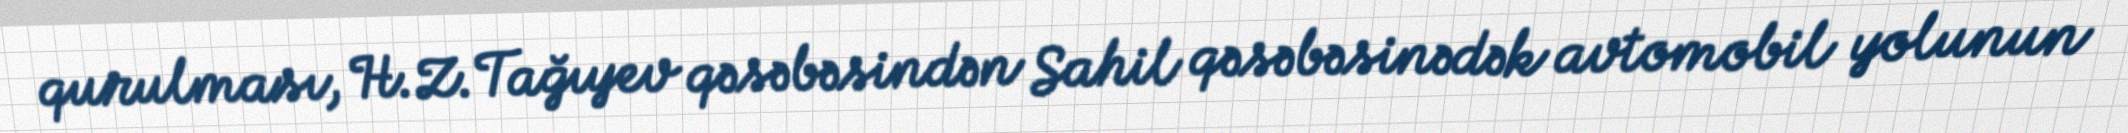
qurulması, H.Z.Tağıyev qəsəbəsindən Sahil qəsəbəsinədək avtomobil yolunun